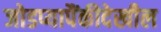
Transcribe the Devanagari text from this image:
जोडप्यापैंकीदेखील